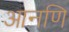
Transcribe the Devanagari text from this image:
आनणि